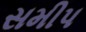
સમીપ